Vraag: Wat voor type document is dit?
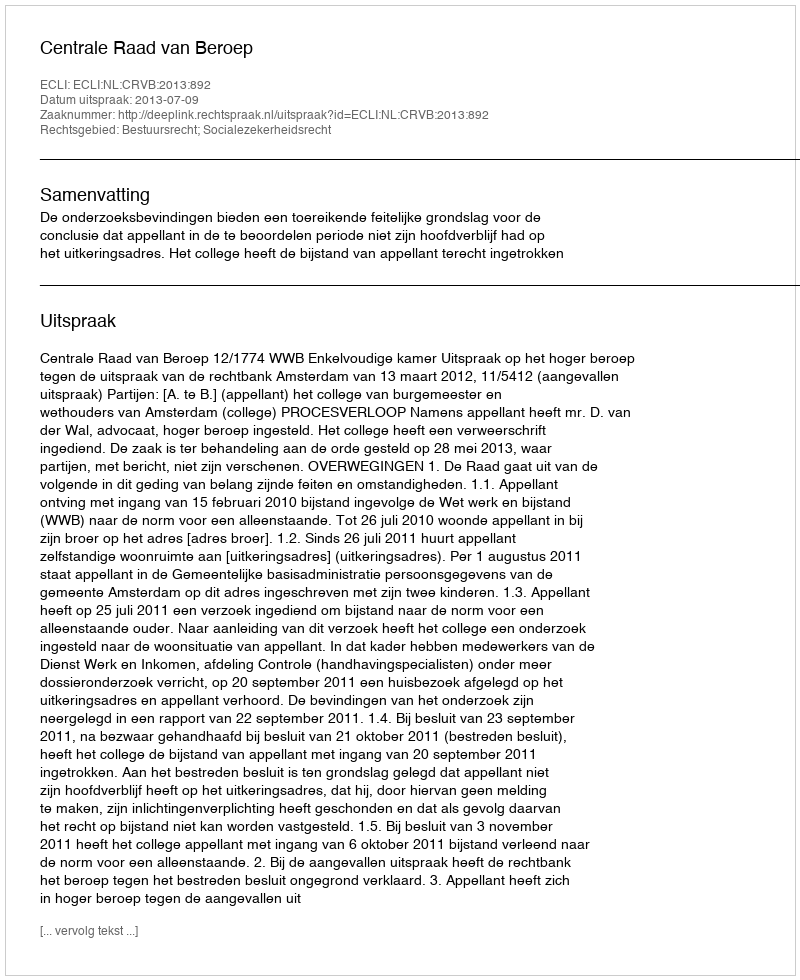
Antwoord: Uitspraak